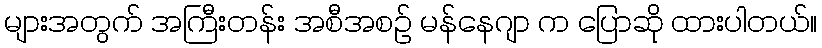
များအတွက် အကြီးတန်း အစီအစဉ် မန်နေဂျာ က ပြောဆို ထားပါတယ်။